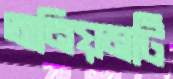
অনিয়মটি